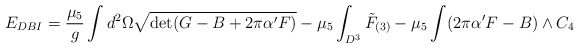
\begin{align*}E_{DBI}=\frac{\mu_5}{g}\int d^2\Omega\sqrt{\det (G-B+2\pi\alpha' F)}-\mu_5\int_{D^3}\tilde F_{(3)}-\mu_5\int (2\pi\alpha' F-B)\wedge C_4\end{align*}